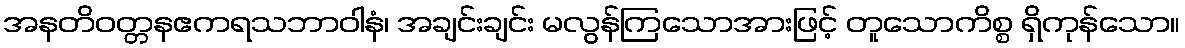
အနတိဝတ္တနဧကရသဘာဝါနံ၊ အချင်းချင်း မလွန်ကြသောအားဖြင့် တူသောကိစ္စ ရှိကုန်သော။